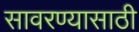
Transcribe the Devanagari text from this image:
सावरण्यासाठी